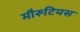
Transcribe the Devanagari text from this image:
मौरूटियस